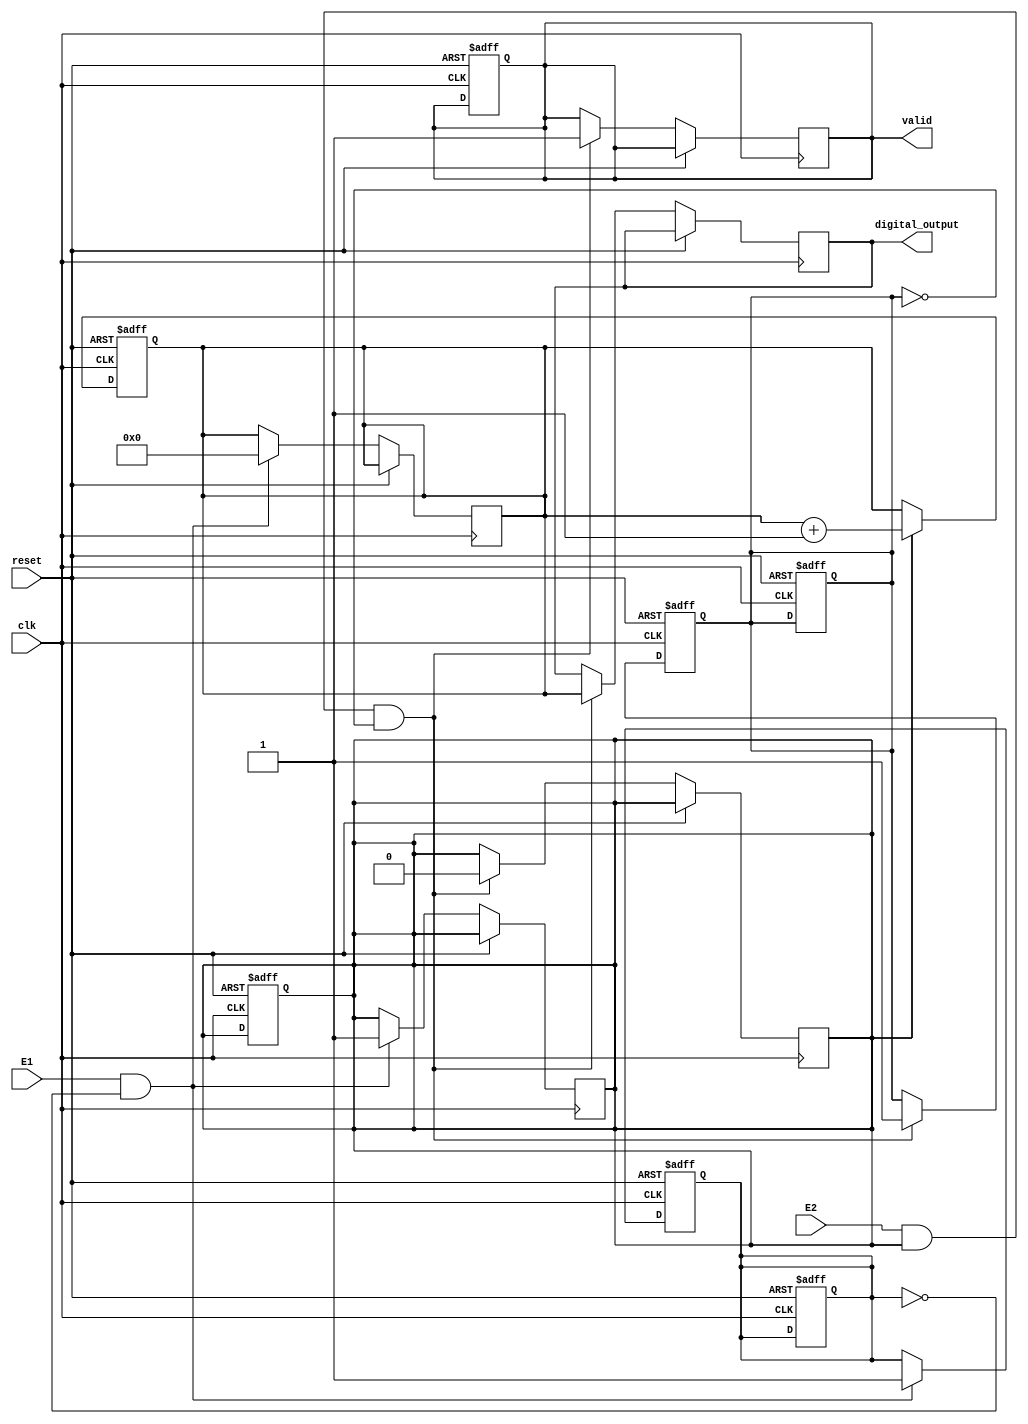
module TDC (
    input wire clk,            // High-frequency clock
    input wire reset,          // Asynchronous reset
    input wire E1,            // First event input
    input wire E2,            // Second event input
    output reg [15:0] digital_output, // Digital output (16-bit)
    output reg valid           // Output valid signal
);

// State definitions
reg [15:0] counter;           // Counter for clock cycles
reg e1_detected;              // Flag for E1 edge detection
reg e2_detected;              // Flag for E2 edge detection
reg measuring;                // Flag to indicate measurement in progress

// Edge detection for E1
always @(posedge clk or posedge reset) begin
    if (reset) begin
        e1_detected <= 0;
    end else if (E1 && !e1_detected) begin
        e1_detected <= 1;      // Rising edge detected
        measuring <= 1;        // Start measuring
        counter <= 0;          // Reset counter
    end
end

// Edge detection for E2
always @(posedge clk or posedge reset) begin
    if (reset) begin
        e2_detected <= 0;
    end else if (E2 && measuring && !e2_detected) begin
        e2_detected <= 1;      // Rising edge detected
        measuring <= 0;        // Stop measuring
        digital_output <= counter; // Capture count value
        valid <= 1;            // Indicate valid output
    end
end

// Counter increment logic
always @(posedge clk or posedge reset) begin
    if (reset) begin
        counter <= 0;
        valid <= 0;            // Invalid output on reset
        e1_detected <= 0;      // Reset edge detection flags
        e2_detected <= 0;
        measuring <= 0;        // Not measuring
    end else if (measuring) begin
        counter <= counter + 1; // Increment counter if measuring
    end
end

endmodule